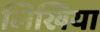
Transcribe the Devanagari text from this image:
लिखिया